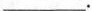
___.